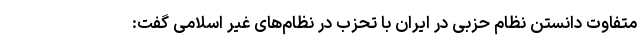
متفاوت دانستن نظام حزبی در ایران با تحزب در نظام‌های غیر اسلامی گفت: